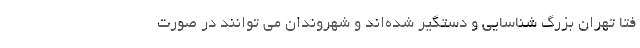
فتا تهران بزرگ شناسایی و دستگیر شده‌اند و شهروندان می­ توانند در صورت